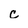
Character: c